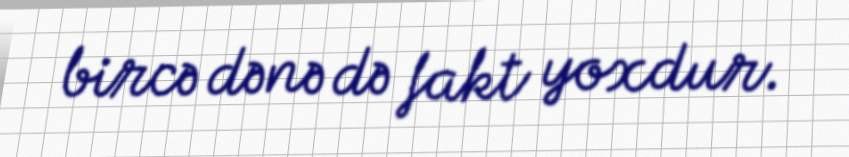
bircə dənə də fakt yoxdur.